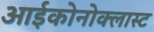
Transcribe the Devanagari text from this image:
आईकोनोक्लास्ट